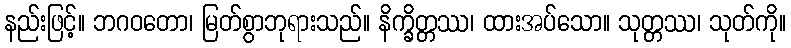
နည်းဖြင့်။ ဘဂဝတော၊ မြတ်စွာဘုရားသည်။ နိက္ခိတ္တဿ၊ ထားအပ်သော။ သုတ္တဿ၊ သုတ်ကို။